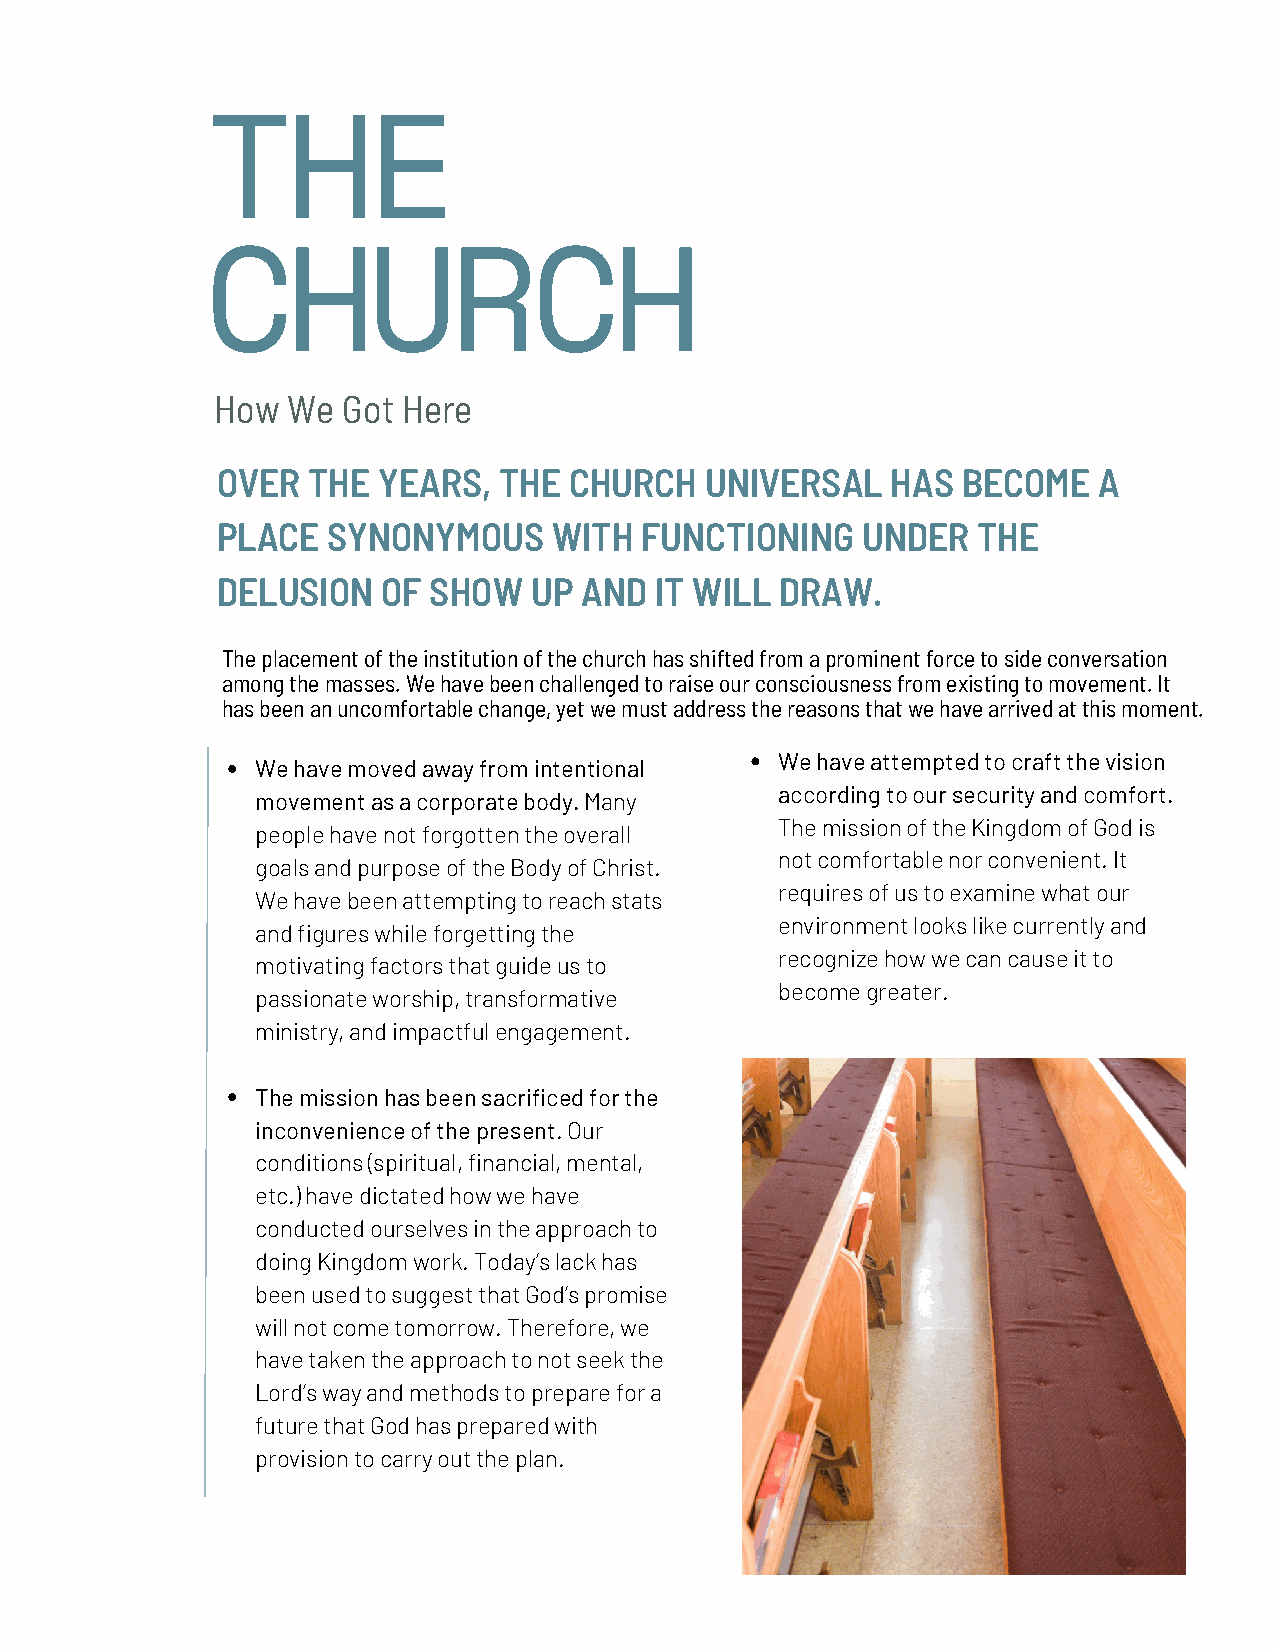
THE
 CHURCH
 How  We  Got Here
 OVER  THE  YEARS,  THE  CHURCH   UNIVERSAL   HAS  BECOME   A
 PLACE   SYNONYMOUS     WITH FUNCTIONING    UNDER   THE
 DELUSION   OF SHOW   UP AND  IT WILL  DRAW.
 The placement of the institution of the church has shifted from a prominent force to side conversation
 among the masses. We have been challenged to raise our consciousness from existing to movement. It
 has been an uncomfortable change, yet we must address the reasons that we have arrived at this moment.
 We have attempted to craft the vision
 We have moved away from intentional
 according to our security and comfort.
 movement as a corporate body. Many
 The mission of the Kingdom of God is
 people have not forgotten the overall
 not comfortable nor convenient. It
 goals and purpose of the Body of Christ.
 requires of us to examine what our
 We have been attempting to reach stats
 environment looks like currently and
 and figures while forgetting the
 recognize how we can cause it to
 motivating factors that guide us to
 become greater.
 passionate worship, transformative
 ministry, and impactful engagement.
 The mission has been sacrificed for the
 inconvenience of the present. Our
 conditions (spiritual, financial, mental,
 etc.) have dictated how we have
 conducted ourselves in the approach to
 doing Kingdom work. Today’s lack has
 been used to suggest that God’s promise
 will not come tomorrow. Therefore, we
 have taken the approach to not seek the
 Lord’s way and methods to prepare for a
 future that God has prepared with
 provision to carry out the plan.